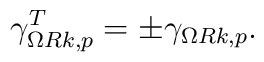
\gamma_{\Omega Rk,p}^T=\pm \gamma_{\Omega Rk,p}.